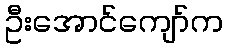
ဦးအောင်ကျော်က